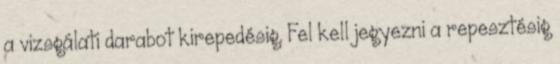
a vizsgálati darabot kirepedésig. Fel kell jegyezni a repesztésig